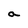
Character: a